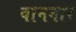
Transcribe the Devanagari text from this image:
वाननार